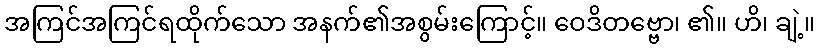
အကြင်အကြင်ရထိုက်သော အနက်၏အစွမ်းကြောင့်။ ဝေဒိတဗ္ဗော၊ ၏။ ဟိ၊ ချဲ့။